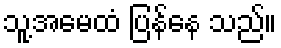
သူ့အမေထံ ပြန်နေ သည်။